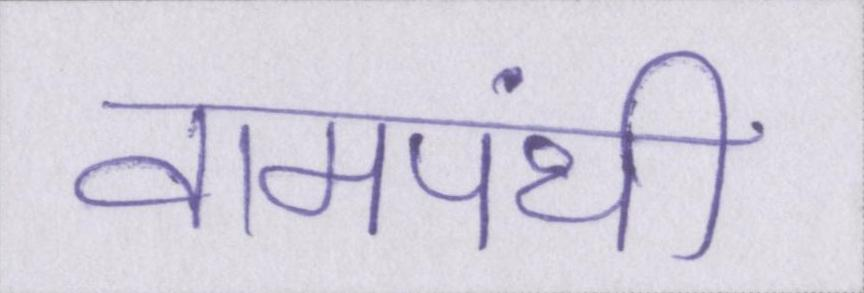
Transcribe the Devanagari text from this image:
वामपंथी